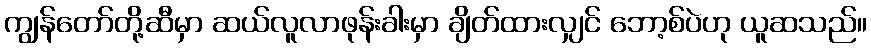
ကျွန်တော်တို့ဆီမှာ ဆယ်လူလာဖုန်းခါးမှာ ချိတ်ထားလျှင် ဘော့စ်ပဲဟု ယူဆသည်။